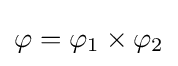
\varphi =\varphi _{1}\times \varphi _{2}